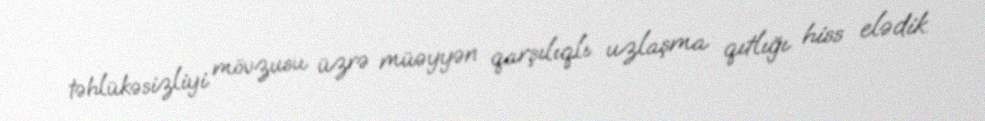
təhlükəsizliyi mövzusu üzrə müəyyən qarşılıqlı uzlaşma qıtlığı hiss elədik.